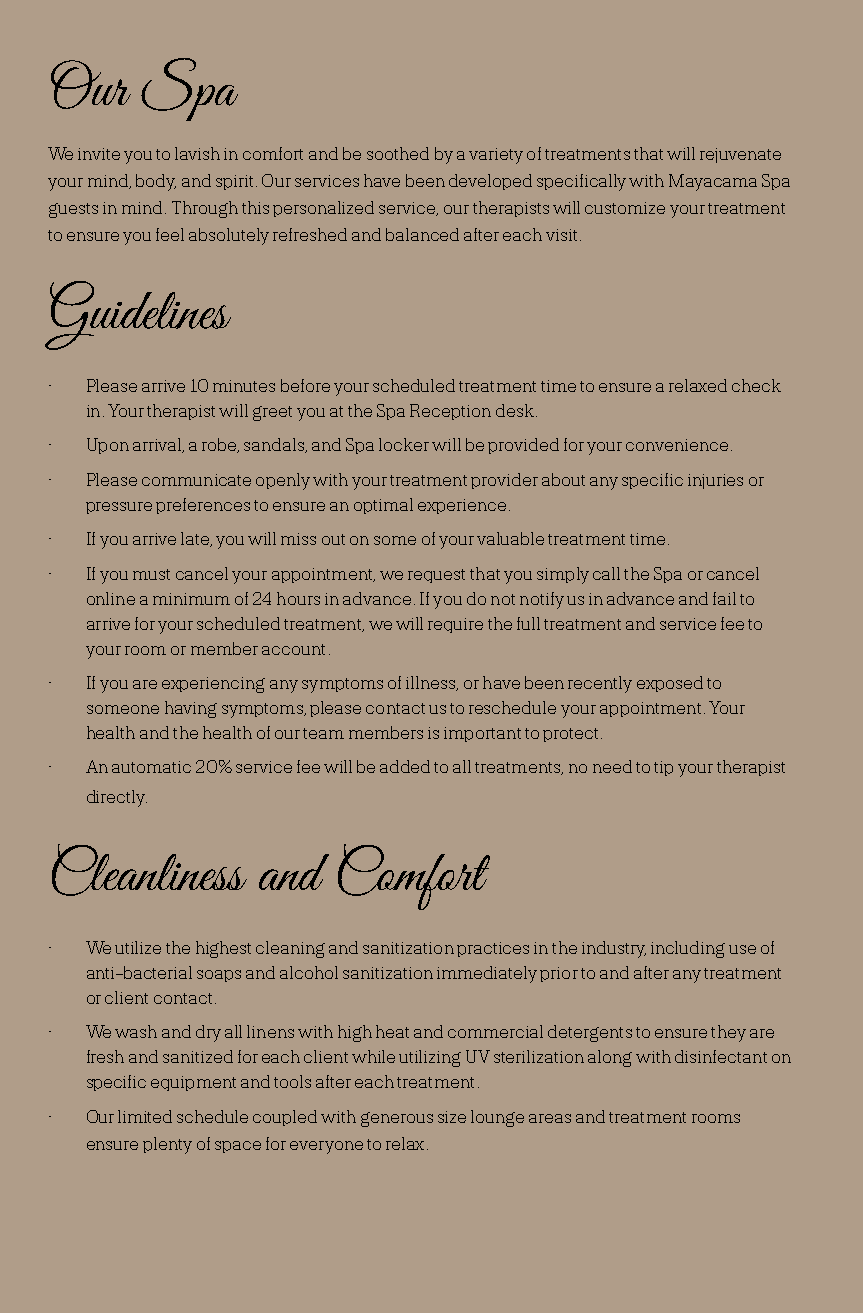
Our   Spa
 We invite you to lavish in comfort and be soothed by a variety of treatments that will rejuvenate
 your mind, body, and spirit. Our services have been developed specifically with Mayacama Spa
 guests in mind. Through this personalized service, our therapists will customize your treatment
 to ensure you feel absolutely refreshed and balanced after each visit.
 Guidelines
 •  Please arrive 10 minutes before your scheduled treatment time to ensure a relaxed check
 in. Your therapist will greet you at the Spa Reception desk.
 •  Upon arrival, a robe, sandals, and Spa locker will be provided for your convenience.
 •  Please communicate openly with your treatment provider about any specific injuries or
 pressure preferences to ensure an optimal experience.
 •  If you arrive late, you will miss out on some of your valuable treatment time.
 •  If you must cancel your appointment, we request that you simply call the Spa or cancel
 online a minimum of 24 hours in advance. If you do not notify us in advance and fail to
 arrive for your scheduled treatment, we will require the full treatment and service fee to
 your room or member account.
 •  If you are experiencing any symptoms of illness, or have been recently exposed to
 someone having symptoms, please contact us to reschedule your appointment. Your
 health and the health of our team members is important to protect.
 •  An automatic 20% service fee will be added to all treatments, no need to tip your therapist
 directly.
 Cleanliness   and  Comfort
 •  We utilize the highest cleaning and sanitization practices in the industry, including use of
 anti-bacterial soaps and alcohol sanitization immediately prior to and after any treatment
 or client contact.
 •  We wash and dry all linens with high heat and commercial detergents to ensure they are
 fresh and sanitized for each client while utilizing UV sterilization along with disinfectant on
 specific equipment and tools after each treatment.
 •  Our limited schedule coupled with generous size lounge areas and treatment rooms
 ensure plenty of space for everyone to relax.